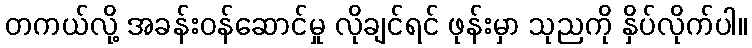
တကယ်လို့ အခန်းဝန်ဆောင်မှု လိုချင်ရင် ဖုန်းမှာ သုညကို နှိပ်လိုက်ပါ။